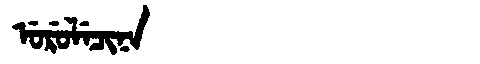
Manchu: ᡠᡵᡠᠯᡝᠴᡳᠨᠠ
Romanization: URULECINA